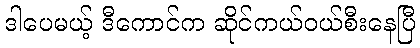
ဒါပေမယ့် ဒီကောင်က ဆိုင်ကယ်ဝယ်စီးနေပြီ